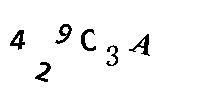
429C3A